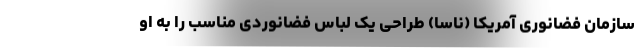
سازمان فضانوری آمریکا (ناسا) طراحی یک لباس فضانوردی مناسب را به او